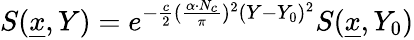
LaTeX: S({\underline{{x}}},Y)=e^{-{\frac{c}{2}}({\frac{\alpha\cdot N_{c}}{\pi}})^{2}(Y-Y_{0})^{2}}S({\underline{{x}}},Y_{0})